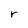
Character: r